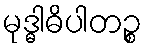
မုဒ္ဓါဓိပါတဉ္စ